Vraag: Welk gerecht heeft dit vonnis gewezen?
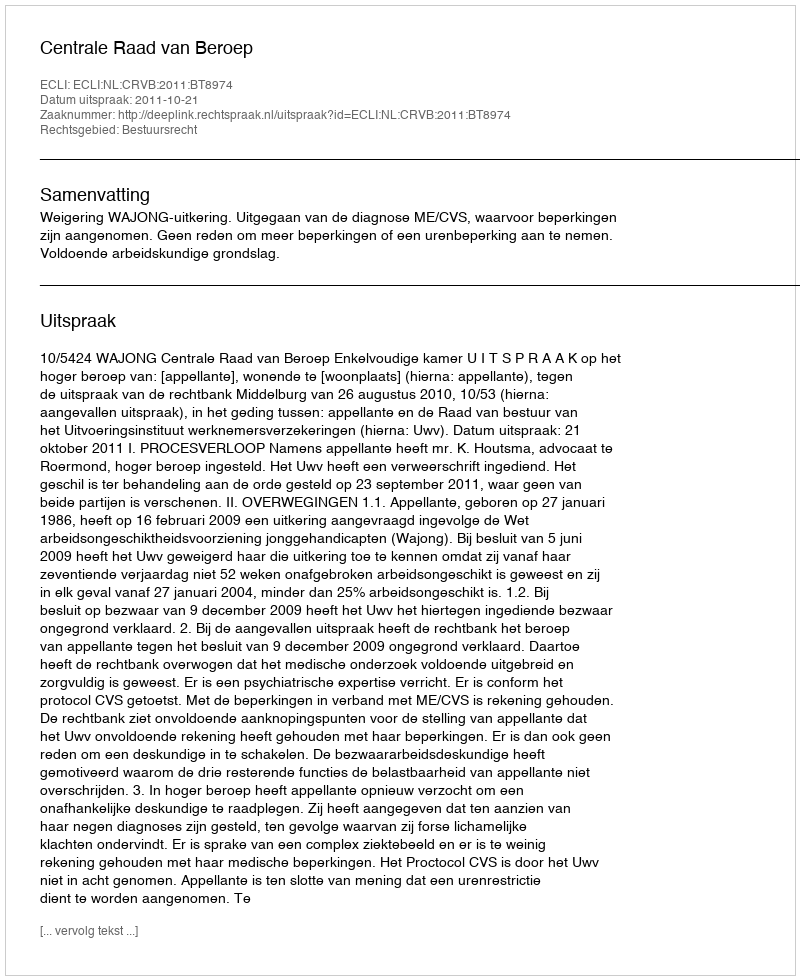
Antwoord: Centrale Raad van Beroep